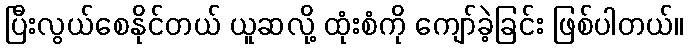
ပြီးလွယ်စေနိုင်တယ် ယူဆလို့ ထုံးစံကို ကျော်ခဲ့ခြင်း ဖြစ်ပါတယ်။